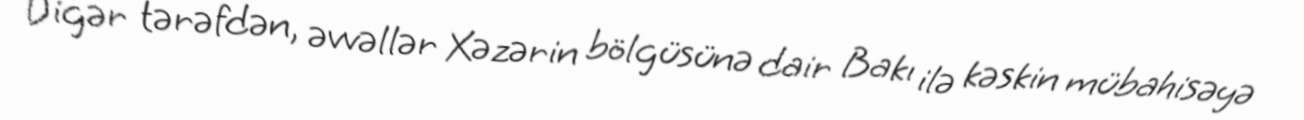
Digər tərəfdən, əvvəllər Xəzərin bölgüsünə dair Bakı ilə kəskin mübahisəyə